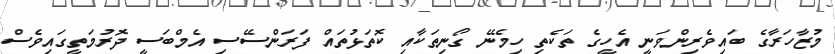
މުޒާހަރާގެ ބައިވެރިންވަނީ އެހީގެ ތަކެތި ހިމެނޭ ގޯނިތަކާއި ކޮތަޅުތައް ފަރަންސޭސި އެމްބަސީ ދޮރުމަތީގައިވެސް